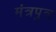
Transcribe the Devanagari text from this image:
मंत्रपुत्र